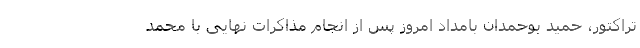
تراکتور، حمید بوحمدان بامداد امروز پس از انجام مذاکرات نهایی با محمد